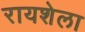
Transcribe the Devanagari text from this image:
रायशेला